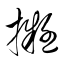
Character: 擬